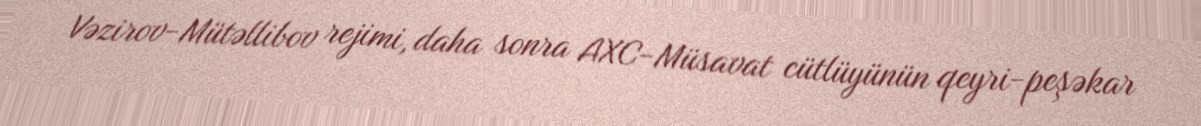
Vəzirov-Mütəllibov rejimi, daha sonra AXC-Müsavat cütlüyünün qeyri-peşəkar